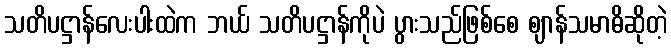
သတိပဋ္ဌာန်လေးပါးထဲက ဘယ် သတိပဋ္ဌာန်ကိုပဲ ပွားသည်ဖြစ်စေ ဈာန်သမာဓိဆိုတဲ့